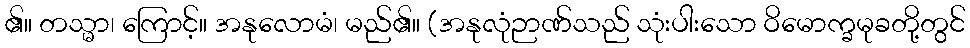
၏။ တသ္မာ၊ ကြောင့်။ အနုလောမံ၊ မည်၏။ (အနုလုံဉာဏ်သည် သုံးပါးသော ဝိမောက္ခမုခတို့တွင်